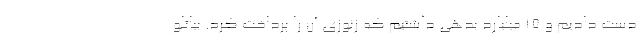
دست دادیم و ۱۵ میلیارد بدهی داشتیم که زنوزی آن را پرداخت کرد. بیاتلو